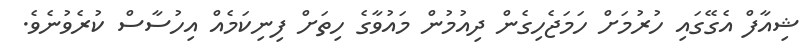
ޝިއާފް އެގޭގައި ހުރުމަށް ހަމަޖެހިގެން ދިއުމުން މައުވާގެ ހިތަށް ފިނިކަމެއް އިހުސާސް ކުރެވުނެވެ.